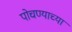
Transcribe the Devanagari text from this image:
पोचण्याच्या